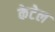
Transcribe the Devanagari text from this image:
केटेल